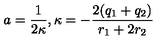
a = \frac { 1 } { 2 \kappa } , \kappa = - \frac { 2 ( q _ { 1 } + q _ { 2 } ) } { r _ { 1 } + 2 r _ { 2 } }